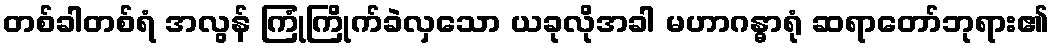
တစ်ခါတစ်ရံ အလွန် ကြုံကြိုက်ခဲလှသော ယခုလိုအခါ မဟာဂန္ဓာရုံ ဆရာတော်ဘုရား၏